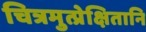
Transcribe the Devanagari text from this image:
चित्रमुत्प्रेक्षितानि